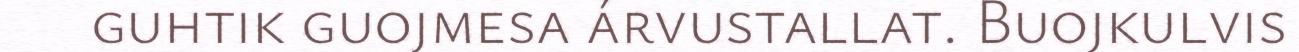
guhtik guojmesa árvustallat. Buojkulvis